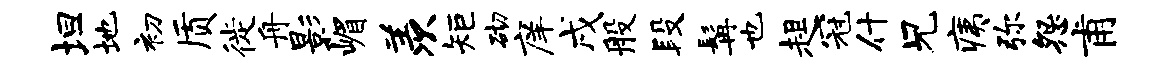
坦地初质徙舟影嵋羡矩砌庠戌般段髯也趄冠什兄痍弥怨甫